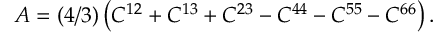
A = ( 4 / 3 ) \left( C ^ { 1 2 } + C ^ { 1 3 } + C ^ { 2 3 } - C ^ { 4 4 } - C ^ { 5 5 } - C ^ { 6 6 } \right) .